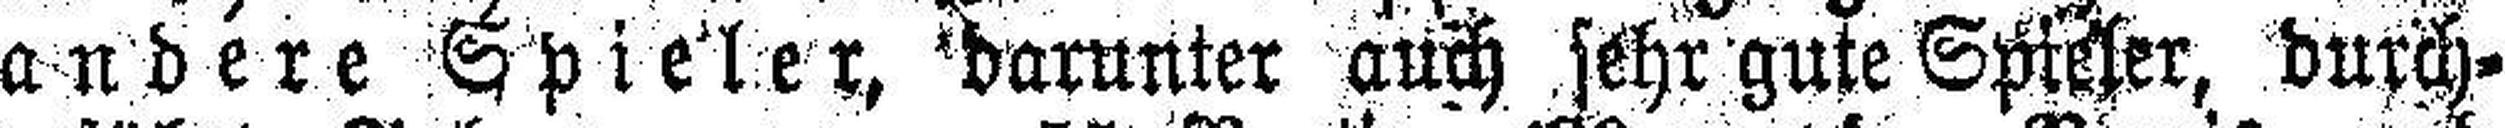
andere Spieler, darunter auch sehr gute Spieler, durch¬